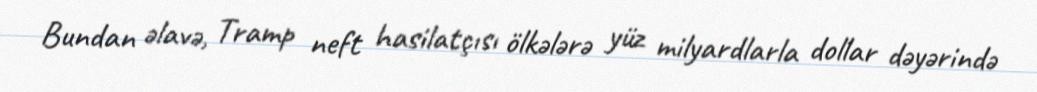
Bundan əlavə, Tramp neft hasilatçısı ölkələrə yüz milyardlarla dollar dəyərində